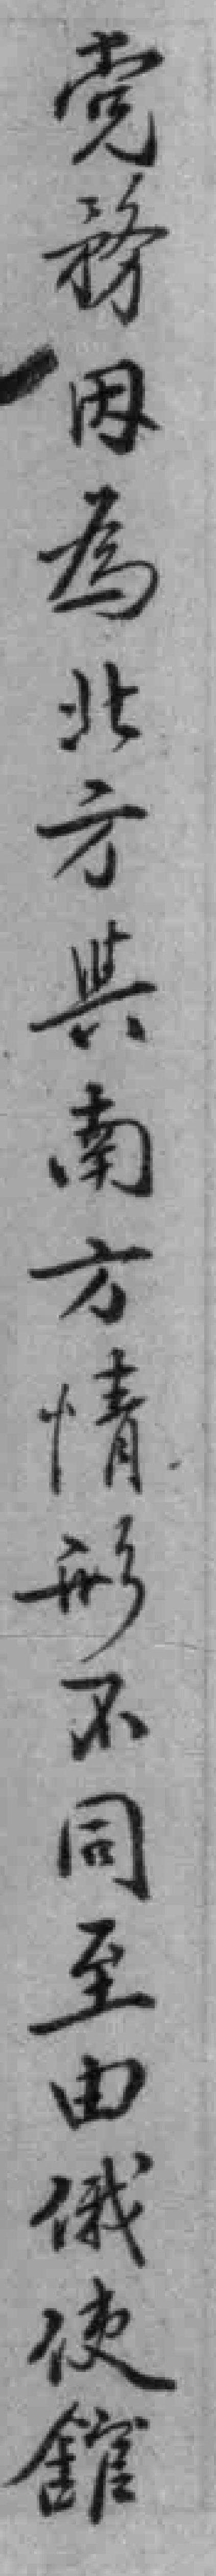
党務因為北方與南方情形不同至由俄使舘